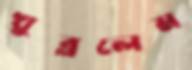
খুব্‌ললেম